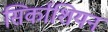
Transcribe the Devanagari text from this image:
सिर्काशियन